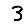
Digit: 3